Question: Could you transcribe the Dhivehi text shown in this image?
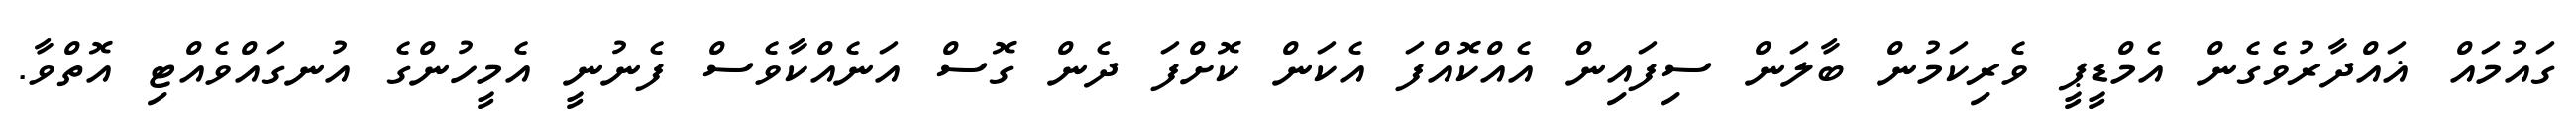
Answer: ގައުމައް ޣައްދާރުވެގެން އެމްޑީޕީ ވެރިކަމުން ބާލަން ސިފައިން އެއްކޮއްފަ އެކަން ކޮށްފަ ދެން ގޮސް އަނެއްކާވެސް ފެނުނީ އެމީހުންގެ އުނގައްވެއްޓި އޮތްވާ.